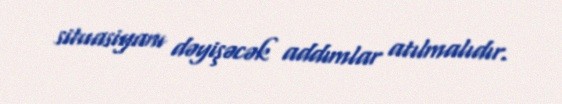
situasiyanı dəyişəcək addımlar atılmalıdır.